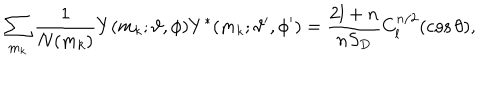
LaTeX: \sum _ { m _ { k } } \frac { 1 } { N ( m _ { k } ) } Y ( m _ { k } ; \vartheta , \phi ) Y ^ { * } ( m _ { k } ; \vartheta ^ { \prime } , \phi ^ { \prime } ) = \frac { 2 l + n } { n S _ { D } } C _ { l } ^ { n / 2 } ( \cos \theta ) ,